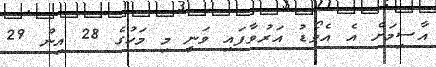
އާސިމަށް އެ އެވޯޑު އަރުވާފައި ވަނީ މި މަހުގެ 28 އިން 29